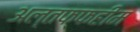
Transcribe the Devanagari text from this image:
अल्तफ्फहीम